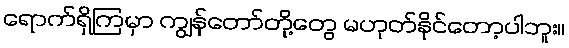
ရောက်ရှိကြမှာ ကျွန်တော်တို့တွေ မဟုတ်နိုင်တော့ပါဘူး။